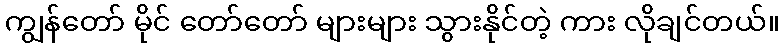
ကျွန်တော် မိုင် တော်တော် များများ သွားနိုင်တဲ့ ကား လိုချင်တယ်။